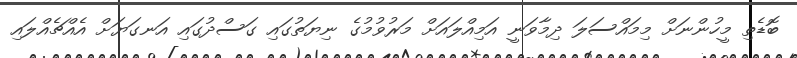
ބޮޑެތި މީހުންނަށް މިމައްސަލަ ދިމާވަނީ އަމިއްލައަށް މަރުވުމުގެ ނިޔަތުގައި ގަސްދުގައި އަނގަޔަށް އެއްޗެއްލައި